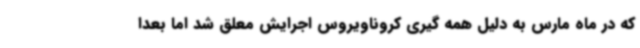
که در ماه مارس به دلیل همه گیری کروناویروس اجرایش معلق شد اما بعدا